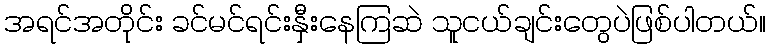
အရင်အတိုင်း ခင်မင်ရင်းနှီးနေကြဆဲ သူငယ်ချင်းတွေပဲဖြစ်ပါတယ်။